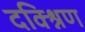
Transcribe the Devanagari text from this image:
दक्श्निण